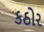
કઠોર